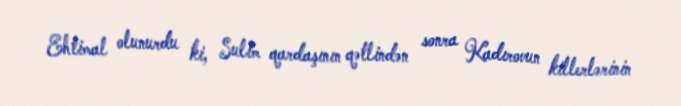
Ehtimal olunurdu ki, Sulim qardaşının qətlindən sonra Kadırovun killerlərinin